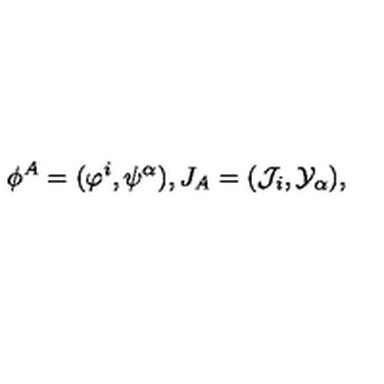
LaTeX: \phi ^ { A } = ( \varphi ^ { i } , \psi ^ { \alpha } ) , J _ { A } = ( { \cal J } _ { i } , { \cal Y } _ { \alpha } ) , \,